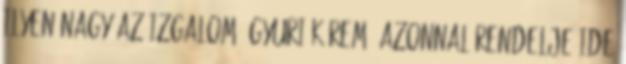
ilyen nagy az izgalom. Gyuri kérem, azonnal rendelje ide